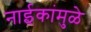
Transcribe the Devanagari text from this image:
नाईकांमुळे